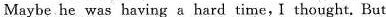
Maybe he was having a hard time, I thought. But